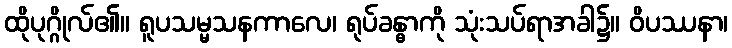
ထိုပုဂ္ဂိုလ်၏။ ရူပသမ္မသနကာလေ၊ ရုပ်ခန္ဓာကို သုံးသပ်ရာအခါ၌။ ဝိပဿနာ၊